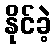
နိုင်ခဲ့